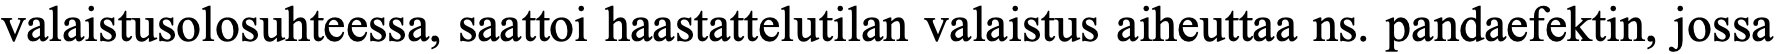
valaistusolosuhteessa, saattoi haastattelutilan valaistus aiheuttaa ns. pandaefektin, jossa